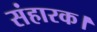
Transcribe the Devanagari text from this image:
संहारक।